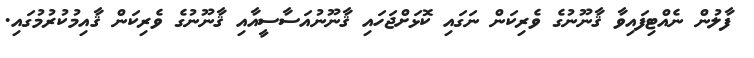
ފާލުން ނެއްޓިފައިވާ ޤާނޫނުގެ ވެރިކަން ނަގައި ކޮޅަށްޖަހައި ޤާނޫނުއަސާސީއާއި ޤާނޫނުގެ ވެރިކަން ޤާއިމުކުރުމުގައި.